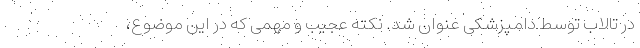
در تالاب توسط دامپزشکی عنوان شد. نکته عجیب و مهمی که در این موضوع،